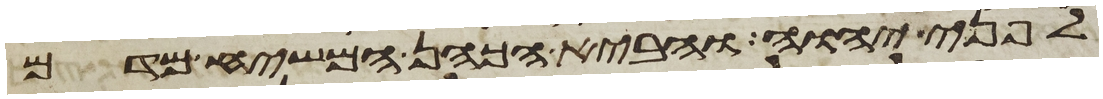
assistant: לפני יהוה והביא הכהן המשיח מדם